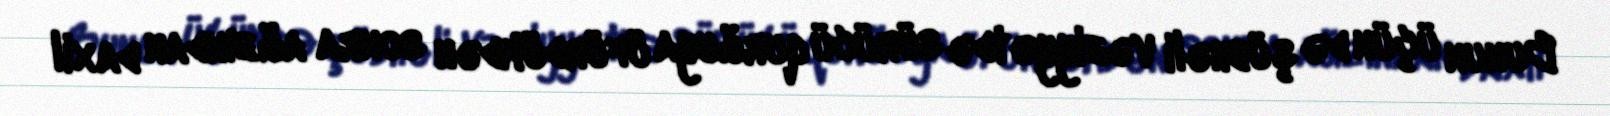
Bunun üçün də şübhəli vəziyyətdə sürücü qurğuya üfürdükdən sonra ağzından daxil